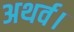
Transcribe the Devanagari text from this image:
अथर्व।